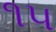
૧૫